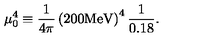
\mu _ { 0 } ^ { 4 } \equiv { \frac { 1 } { 4 \pi } } \left( 2 0 0 \mathrm { M e V } \right) ^ { 4 } { \frac { 1 } { 0 . 1 8 } } .